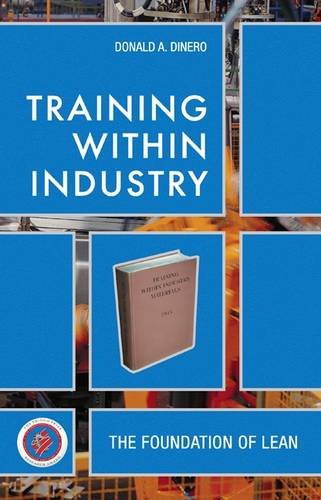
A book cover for Training Within Industry: The Foundation of Lean; Donald Dinero; Business & Money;